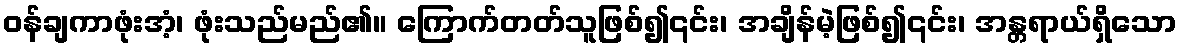
ဝန်ချကာဖုံးအံ့၊ ဖုံးသည်မည်၏။ ကြောက်တတ်သူဖြစ်၍၎င်း၊ အချိန်မဲ့ဖြစ်၍၎င်း၊ အန္တရာယ်ရှိသော